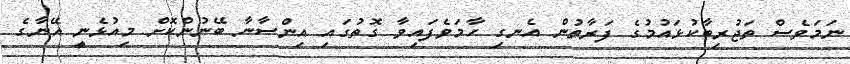
ނަމަވެސް ތަޖުރިބާކުޅައުމުގެ ފަރާތުން އެނގި ހާމަވެފައިވާ ގޮތުގައި އިންސާނާ ބޭނުންކޮށް މިއުޅެނީ އޭނާގެ